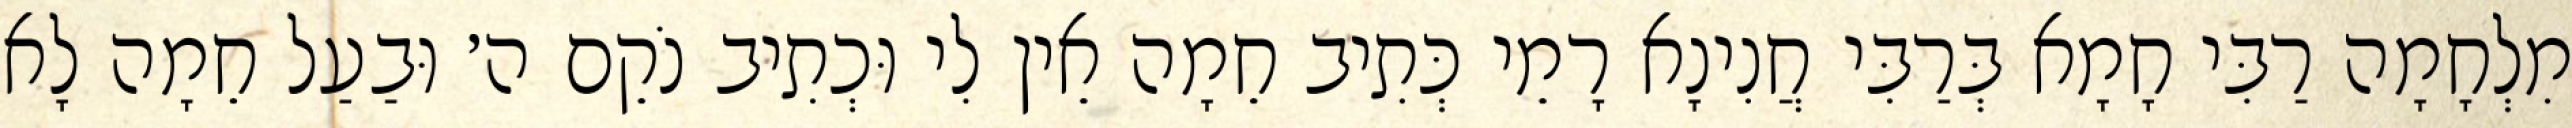
מִלְחָמָה רַבִּי חָמָא בְּרַבִּי חֲנִינָא רָמֵי כְּתִיב חֵמָה אֵין לִי וּכְתִיב נֹקֵם ה׳ וּבַעַל חֵמָה לָא